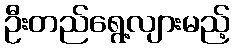
ဦးတည်ရွေ့လျားမည့်